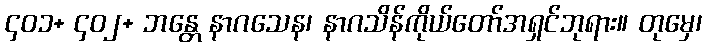
၄၀၁+ ၄၀၂+ ဘန္တေ နာဂသေန၊ နာဂသိန်ကိုယ်တော်အရှင်ဘုရား။ တုမှေ၊